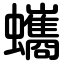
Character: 蠵